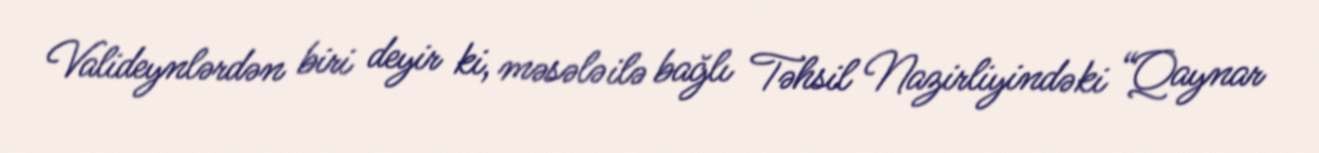
Valideynlərdən biri deyir ki, məsələ ilə bağlı Təhsil Nazirliyindəki “Qaynar